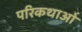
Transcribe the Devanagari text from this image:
परिकथाओं